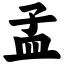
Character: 孟